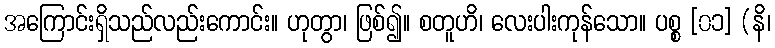
အကြောင်းရှိသည်လည်းကောင်း။ ဟုတွာ၊ ဖြစ်၍။ စတူဟိ၊ လေးပါးကုန်သော။ ပစ္စ [၀၁] (နိ၊